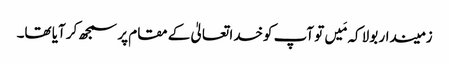
زمیندار بولا کہ مَیں تو آپ کوخدا تعالیٰ کے مقام پر سمجھ کر آیا تھا۔